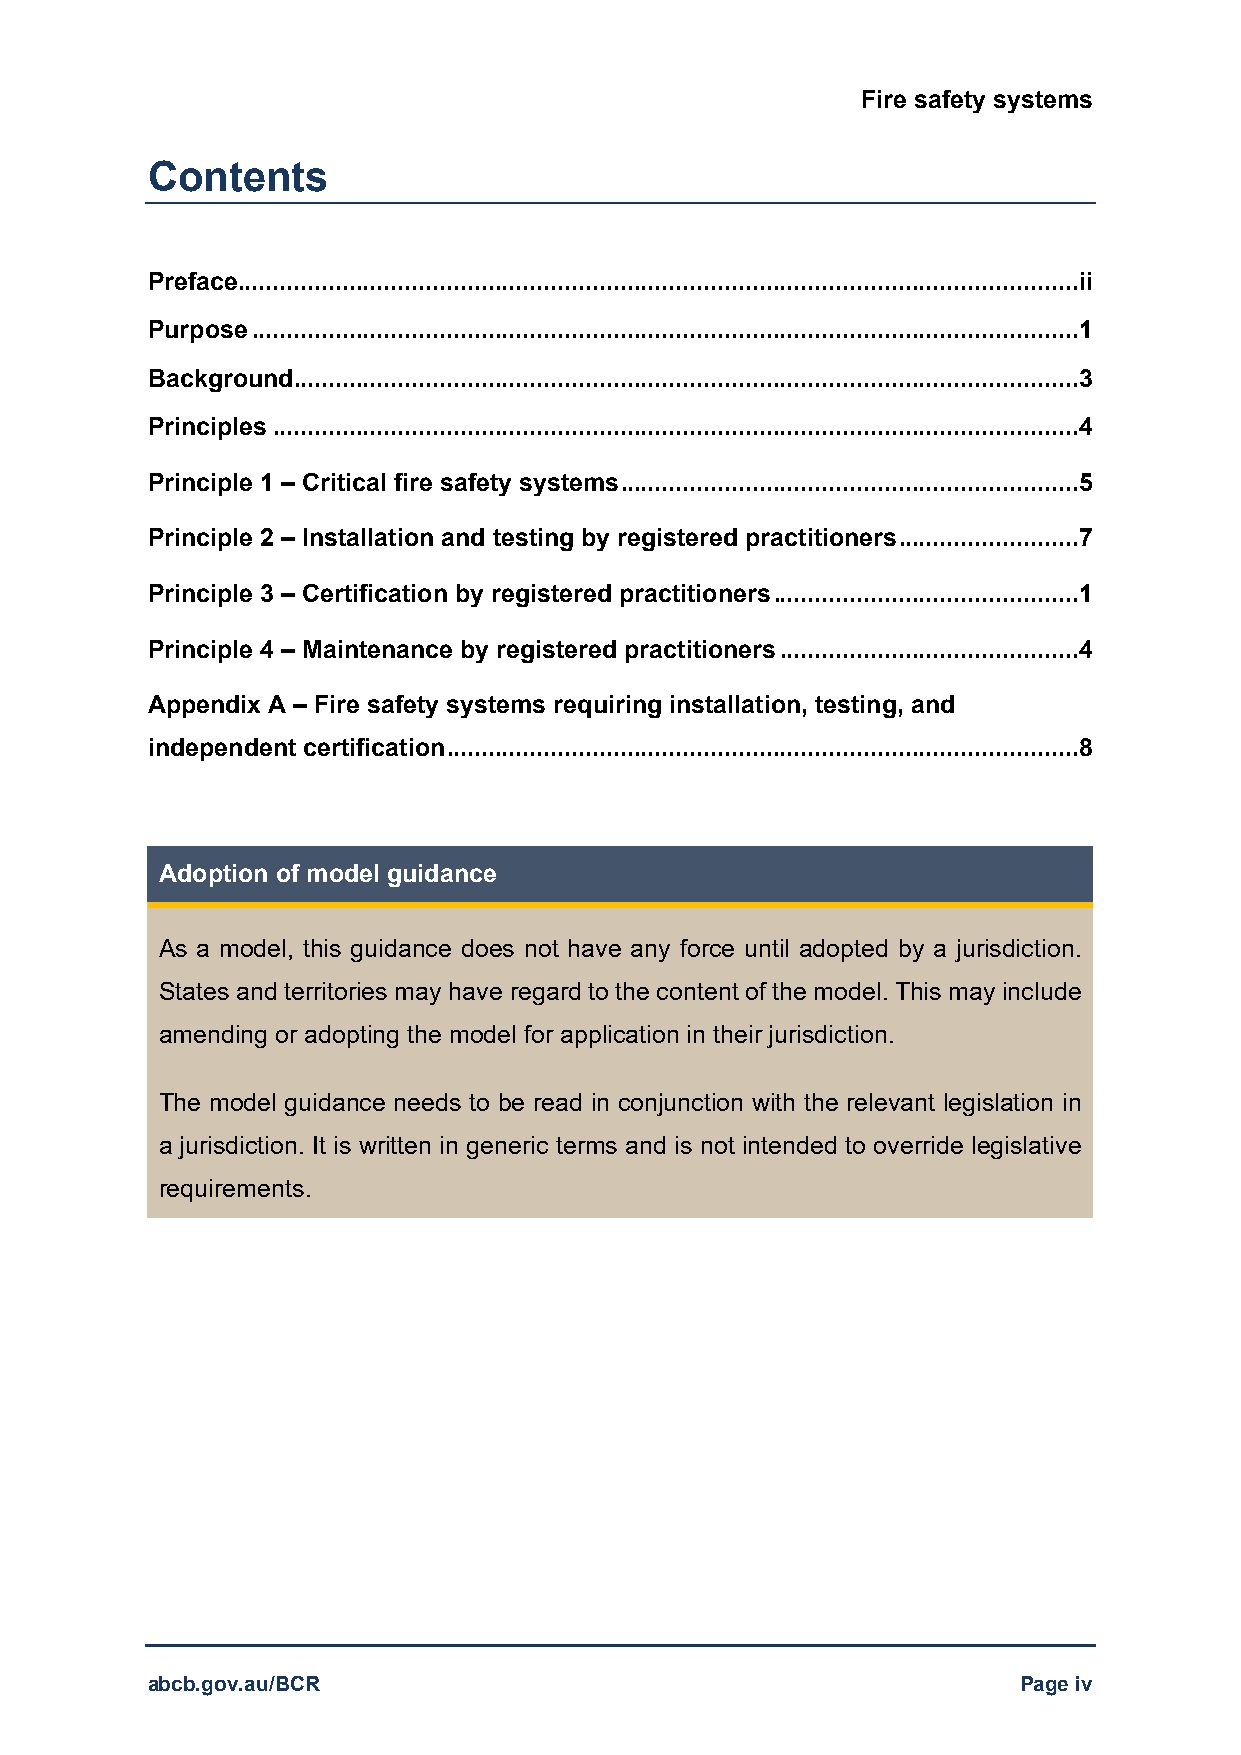
Fire safety systems
 Contents
 Preface.........................................................................................................................ii
 Purpose .......................................................................................................................1
 Background.................................................................................................................3
 Principles ....................................................................................................................4
 Principle 1 – Critical fire safety systems..................................................................5
 Principle 2 – Installation and testing by registered practitioners..........................7
 Principle 3 – Certification by registered practitioners............................................1
 Principle 4 – Maintenance by registered practitioners ...........................................4
 Appendix A – Fire safety systems requiring installation, testing, and
 independent certification...........................................................................................8
 Adoption of model guidance
 As a model, this guidance does not have any force until adopted by a jurisdiction.
 States and territories may have regard to the content of the model. This may include
 amending or adopting the model for application in their jurisdiction.
 The model guidance needs to be read in conjunction with the relevant legislation in
 a jurisdiction. It is written in generic terms and is not intended to override legislative
 requirements.
 abcb.gov.au/BCR                                           Page iv